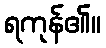
ရကုန်၏။